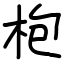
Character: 枹